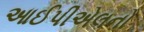
આઈપીએલનો